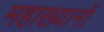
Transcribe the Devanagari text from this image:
महाख्यानों